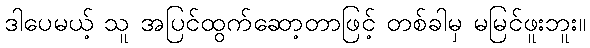
ဒါပေမယ့် သူ အပြင်ထွက်ဆော့တာဖြင့် တစ်ခါမှ မမြင်ဖူးဘူး။